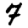
Digit: 7